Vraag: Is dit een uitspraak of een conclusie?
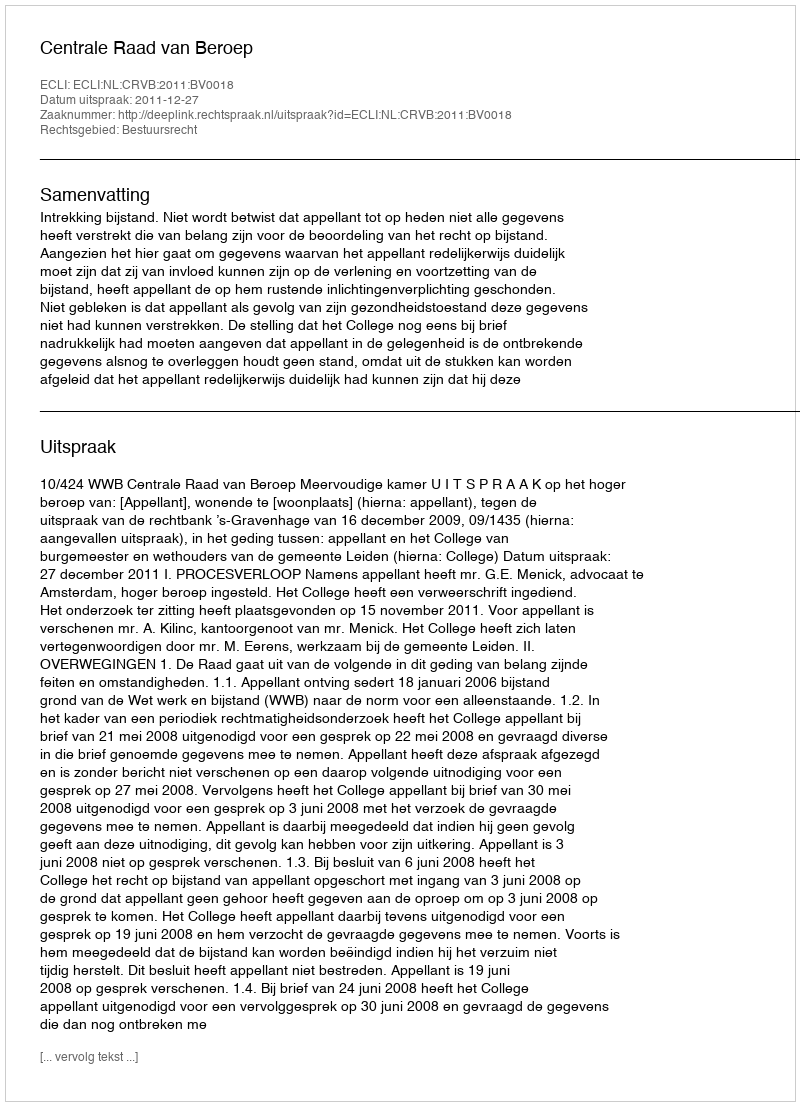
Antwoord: Uitspraak